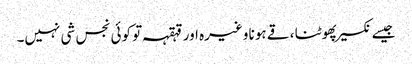
جیسے نکسیر پھوٹنا ، قے ہونا وغیرہ اور قہقہہ تو کوئی نجس شی نہیں۔